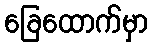
ခြေထောက်မှာ